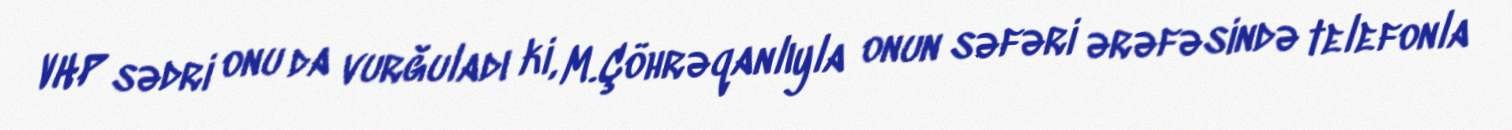
VHP sədri onu da vurğuladı ki, M.Çöhrəqanlıyla onun səfəri ərəfəsində telefonla